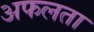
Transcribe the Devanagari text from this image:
अफलता